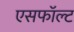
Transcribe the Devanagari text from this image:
एसफॉल्ट